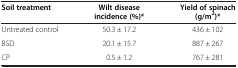
<table><thead><tr><td><b>Soil treatment</b></td><td><b>Wilt disease</b></td><td><b>Yield of spinach</b></td></tr><tr><td><b> </b></td><td><b>incidence (%)*</b></td><td><b>(g/m<sup>2</sup>)*</b></td></tr></thead><tbody><tr><td>Untreated control</td><td>50.3 ± 17.2</td><td>436 ± 102</td></tr><tr><td>BSD</td><td>20.1 ± 15.7</td><td>887 ± 267</td></tr><tr><td>CP</td><td>0.5 ± 1.2</td><td>767 ± 281</td></tr></tbody></table>